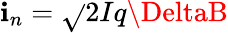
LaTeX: \mathbf{i}_{n}={\sqrt{}{{2Iq\DeltaB}}}